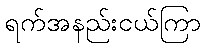
ရက်အနည်းငယ်ကြာ